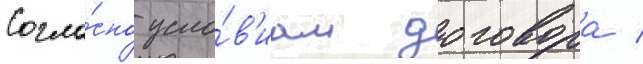
Согла́сно усло́в'иам договора /